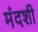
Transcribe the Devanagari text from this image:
मंदशी